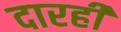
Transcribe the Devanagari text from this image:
दारही